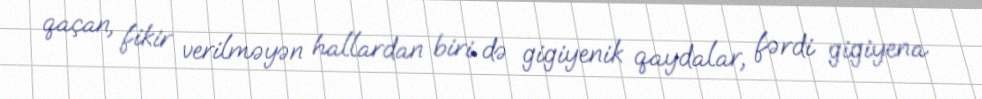
qaçan, fikir verilməyən hallardan biri də gigiyenik qaydalar, fərdi gigiyena